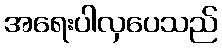
အရေးပါလှပေသည်